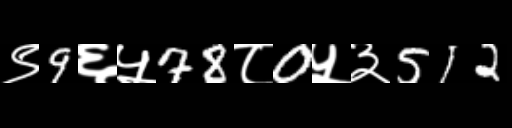
Text: ९9६५78८0५३512